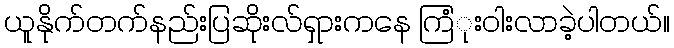
ယူနိုက်တက်နည်းပြဆိုးလ်ရှားကနေ ကြံုးဝါးလာခဲ့ပါတယ်။